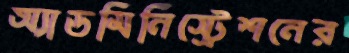
অ্যাডমিনিস্ট্রেশনের